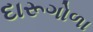
દારૂગોળા